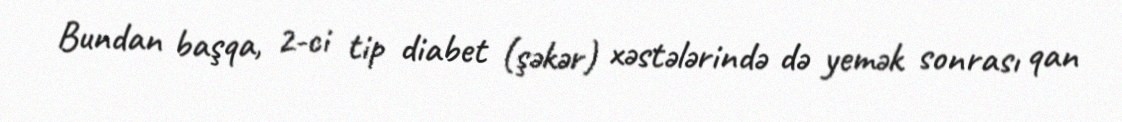
Bundan başqa, 2-ci tip diabet (şəkər) xəstələrində də yemək sonrası qan